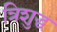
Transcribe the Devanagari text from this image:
त्रिशुद्ध